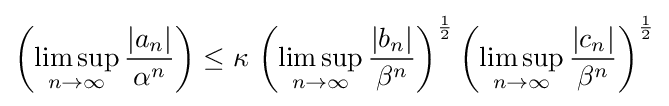
\left(\limsup _{n\to \infty }{\frac {|a_{n}|}{\alpha ^{n}}}\right)\leq \kappa \,\left(\limsup _{n\to \infty }{\frac {|b_{n}|}{\beta ^{n}}}\right)^{\frac {1}{2}}\left(\limsup _{n\to \infty }{\frac {|c_{n}|}{\beta ^{n}}}\right)^{\frac {1}{2}}